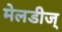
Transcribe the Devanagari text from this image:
मेलडीज्